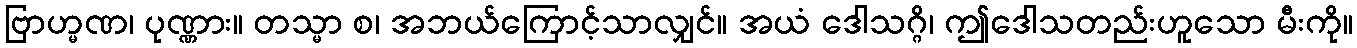
ဗြာဟ္မဏ၊ ပုဏ္ဏား။ တသ္မာ စ၊ အဘယ်ကြောင့်သာလျှင်။ အယံ ဒေါသဂ္ဂိ၊ ဤဒေါသတည်းဟူသော မီးကို။